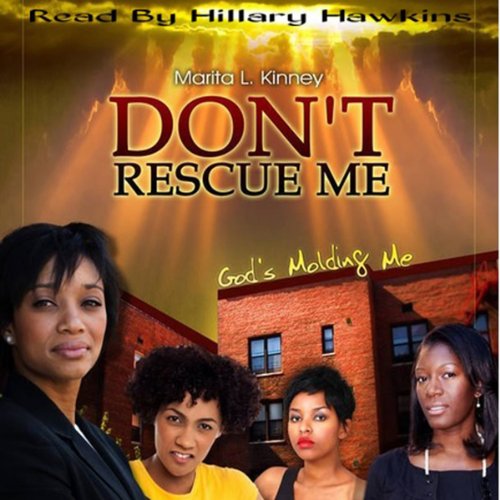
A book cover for Don't Rescue Me, God's Molding Me: Snow Series: Meet Savannah, Part 2; Marita Kinney; Christian Books & Bibles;